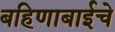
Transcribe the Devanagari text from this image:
बहिणाबाईचे